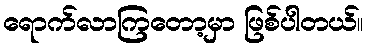
ရောက်လာကြတော့မှာ ဖြစ်ပါတယ်။